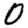
Digit: 0